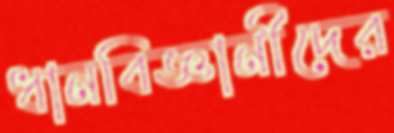
ধানবিজ্ঞানীদের